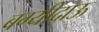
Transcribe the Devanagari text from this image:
बग्यीदाऊ